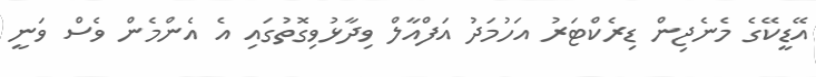
އޭޑީކޭގެ މެނެޖިން ޑިރެކްޓަރު އަހުމަދު އަފްއާލް ވިދާޅުވިގޮތުގައި އެ އެންމެން ވެސް ވަނީ